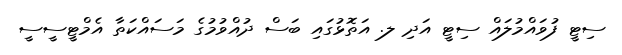
ސިޓީ ފުވައްމުލައް ސިޓީ އަދި ލ. އަތޮޅުގައި ބަސް ދުއްވުމުގެ މަސައްކަތާ އެމްޓީސީސީ